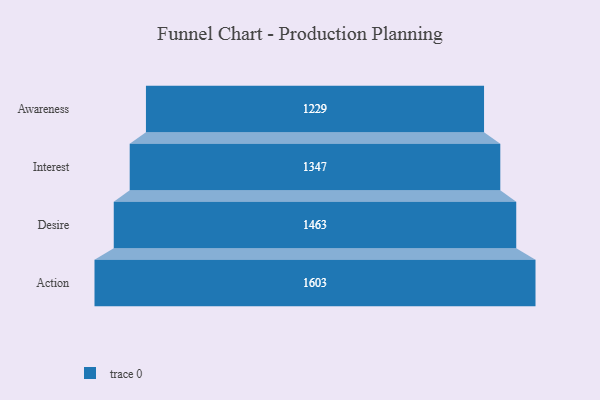
{"axis": {"x": "Stage", "y": "Value"}, "legend": [""], "data": [{"x": "Awareness", "y": 1229.0, "type": ""}, {"x": "Interest", "y": 1347.0, "type": ""}, {"x": "Desire", "y": 1463.0, "type": ""}, {"x": "Action", "y": 1603.0, "type": ""}]}